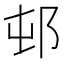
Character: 邨